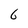
Character: 6